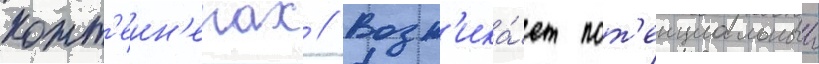
конт'еин'ерах // Возн'ика́ет пот'енциальныи